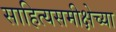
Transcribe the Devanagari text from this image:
साहित्यसमीक्षेच्या